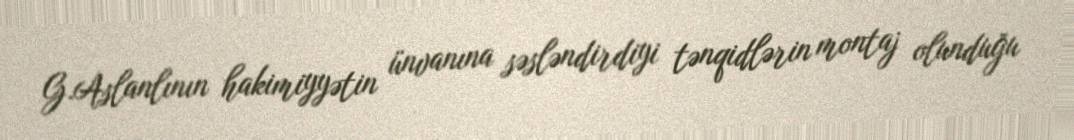
G.Aslanlının hakimiyyətin ünvanına səsləndirdiyi tənqidlərin montaj olunduğu